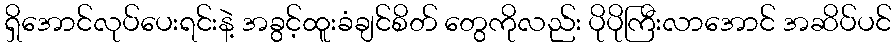
ရှိအောင်လုပ်ပေးရင်းနဲ့ အခွင့်ထူးခံချင်စိတ် တွေကိုလည်း ပိုပိုကြီးလာအောင် အဆိပ်ပင်